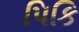
પિકિ